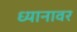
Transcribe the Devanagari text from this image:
ध्यानावर